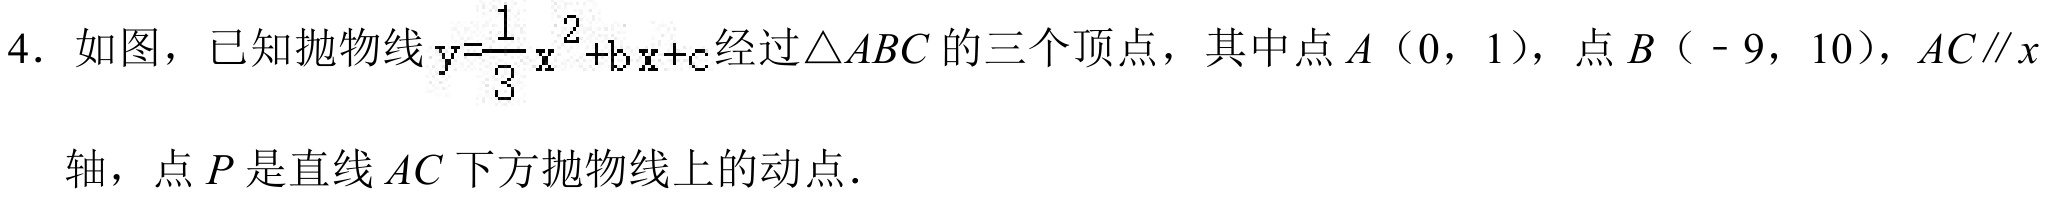
4. 如图，已知抛物线\(y = \frac{1}{3}x^{2}+bx + c\)经过\(\triangle ABC\) 的三个顶点，其中点 \(A\)（\(0\)，\(1\)），点 \(B\)（\(-9\)，\(10\)），\(AC\parallel x\)
轴，点 \(P\) 是直线 \(AC\) 下方抛物线上的动点．